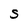
Character: S